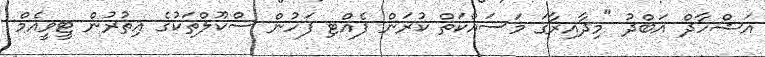
އަޝްހާދް އަބްދު "މިދާއިރާގަ މަސައްކަތް ކުރަން ފެއްޓި ފަހުން ސްކޫލްތަކުގެ އިތުރުން ޓީވީއެމް